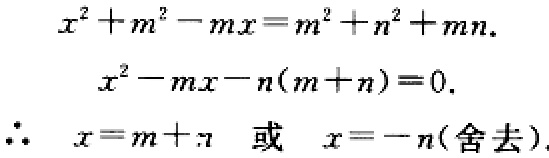
\[
\begin{align*}
x^{2}+m^{2}-mx&=m^{2}+n^{2}+mn.\\
x^{2}-mx - n(m + n)&=0.\\
\therefore\ x&=m + n\ \text{或}\ x=-n(\text{舍去}).
\end{align*}
\]